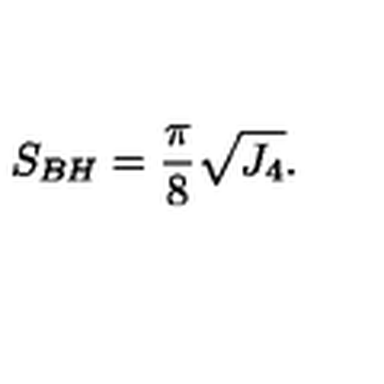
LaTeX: S _ { B H } = { \frac { \pi } { 8 } } \sqrt { J _ { 4 } } .